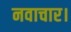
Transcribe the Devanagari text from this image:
नवाचार।